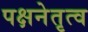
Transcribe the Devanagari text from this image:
पक्षनेतृत्व